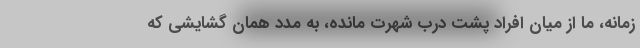
زمانه، ما از میان افراد پشتِ درب شهرت مانده، به مدد همان گشایشی که